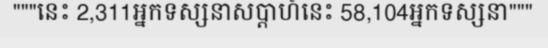
"""នេះ 2,311អ្នកទស្សនាសប្តាហ៍នេះ 58,104អ្នកទស្សនា"""